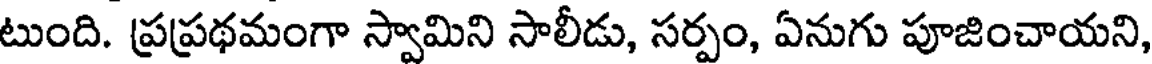
టుంది. ప్రప్రథమంగా స్వామిని సాలీడు, సర్పం, ఏనుగు పూజించాయని,